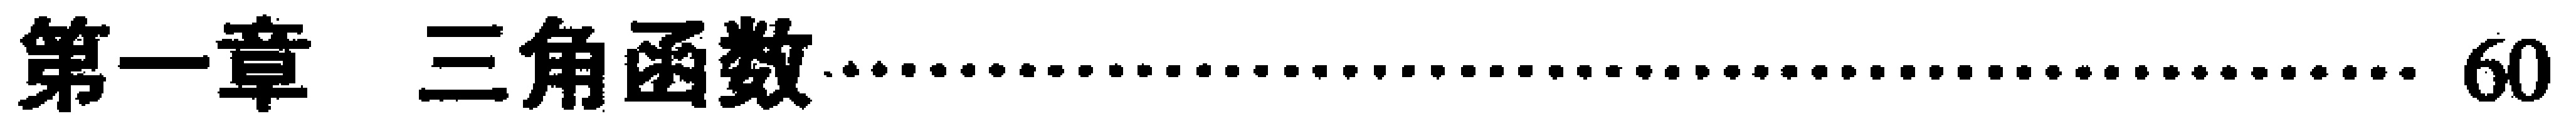
第一章 三角函数\dotfill 60